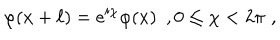
\quad \varphi ( x + \ell ) = e ^ { i \chi } \varphi ( x ) \, \, \, , 0 \leq \chi < 2 \pi \, \, ,